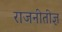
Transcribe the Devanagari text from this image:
राजनीतीज्ञ